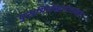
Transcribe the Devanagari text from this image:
पुराभिलेखागाराकडे